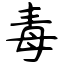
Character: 毒